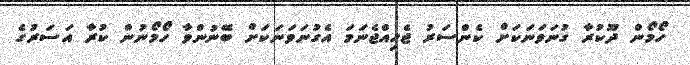
ހޯމޯން ދޫކުރާ ގުނަވަނަކަށް ކެންސަރު ޖެހިއްޖެނަމަ އެގުނަވަނަކަށް ބޭނުންވާ ހޯމޯނުން ކުރާ އަސަރުގެ